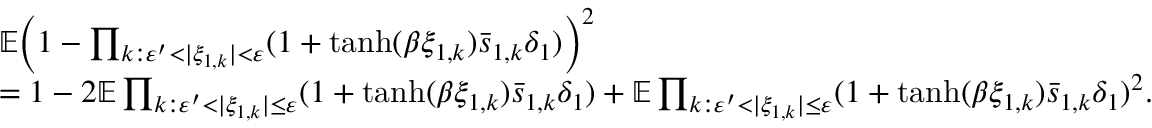
\begin{array} { r l } & { \mathbb E \Bigl ( 1 - \prod _ { k : \varepsilon ^ { \prime } < | \xi _ { 1 , k } | < \varepsilon } ( 1 + \operatorname { t a n h } ( \beta \xi _ { 1 , k } ) \bar { s } _ { 1 , k } \delta _ { 1 } ) \Bigr ) ^ { 2 } } \\ & { = 1 - 2 \mathbb E \prod _ { k : \varepsilon ^ { \prime } < | \xi _ { 1 , k } | \le \varepsilon } ( 1 + \operatorname { t a n h } ( \beta \xi _ { 1 , k } ) \bar { s } _ { 1 , k } \delta _ { 1 } ) + \mathbb E \prod _ { k : \varepsilon ^ { \prime } < | \xi _ { 1 , k } | \le \varepsilon } ( 1 + \operatorname { t a n h } ( \beta \xi _ { 1 , k } ) \bar { s } _ { 1 , k } \delta _ { 1 } ) ^ { 2 } . } \end{array}